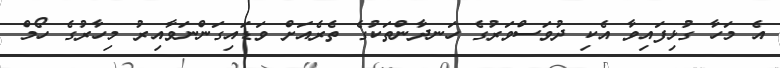
އެ މަހާ ގުޅިފައިވާ އެކި ދުވަސްވަރުގެ ހަނދާންތަކުގެ ތެރެއަށް ވަޑައިގަންނަވާއިރު މިހާރުގެ ހޯމް